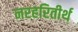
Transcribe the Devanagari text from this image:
नरहरितीर्थ